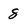
Character: 8